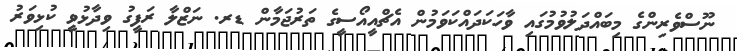
ނޫސްވެރިންގެ މިބައްދަލުވުމުގައި ވާހަކަދައްކަވަމުން އެޗްއީއޯސީގެ ތަރުޖަމާން ޑރ. ނަޒްލާ ރަފީގު ވިދާޅުވީ ކުޅިވަރު